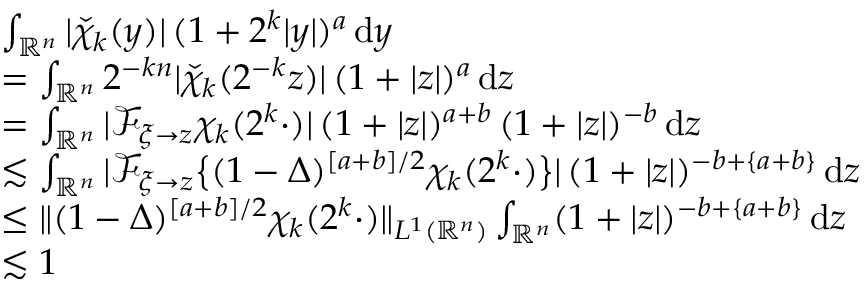
\begin{array} { r l } & { \int _ { \mathbb { R } ^ { n } } | \check { \chi } _ { k } ( y ) | \, ( 1 + 2 ^ { k } | y | ) ^ { a } \, \mathrm { d } y } \\ & { = \int _ { \mathbb { R } ^ { n } } 2 ^ { - k n } | \check { \chi } _ { k } ( 2 ^ { - k } z ) | \, ( 1 + | z | ) ^ { a } \, \mathrm { d } z } \\ & { = \int _ { \mathbb { R } ^ { n } } | \mathscr { F } _ { \xi \to z } \chi _ { k } ( 2 ^ { k } \cdot ) | \, ( 1 + | z | ) ^ { a + b } \, ( 1 + | z | ) ^ { - b } \, \mathrm { d } z } \\ & { \lesssim \int _ { \mathbb { R } ^ { n } } | \mathscr { F } _ { \xi \to z } \big \{ ( 1 - \Delta ) ^ { [ a + b ] / 2 } \chi _ { k } ( 2 ^ { k } \cdot ) \big \} | \, ( 1 + | z | ) ^ { - b + \{ a + b \} } \, \mathrm { d } z } \\ & { \leq \| ( 1 - \Delta ) ^ { [ a + b ] / 2 } \chi _ { k } ( 2 ^ { k } \cdot ) \| _ { L ^ { 1 } ( \mathbb { R } ^ { n } ) } \int _ { \mathbb { R } ^ { n } } ( 1 + | z | ) ^ { - b + \{ a + b \} } \, \mathrm { d } z } \\ & { \lesssim 1 } \end{array}